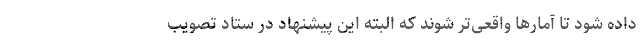
داده شود تا آمارها واقعی‌تر شوند که البته این پیشنهاد در ستاد تصویب